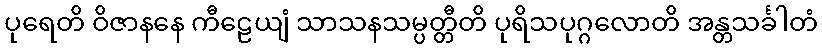
ပုရေတိ ဝိဇာနနေ ကီဠေယျံ သာသနသမ္ပတ္တီတိ ပုရိသပုဂ္ဂလောတိ အန္တသင်္ခါတံ